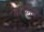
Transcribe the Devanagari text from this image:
बरकछा